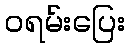
ဝရမ်းပြေး